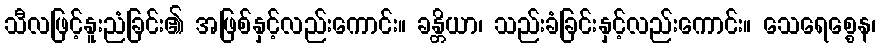
သီလဖြင့်နူးညံခြင်း၏ အဖြစ်နှင့်လည်းကောင်း။ ခန္တိယာ၊ သည်းခံခြင်းနှင့်လည်းကောင်း။ သေရေစ္စေန၊